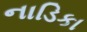
નાડિકા